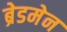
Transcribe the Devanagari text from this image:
ब्रेडमेन